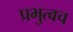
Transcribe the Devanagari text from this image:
प्रभुत्वच